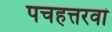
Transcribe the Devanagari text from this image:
पचहत्तरवां